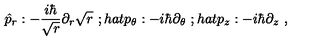
\hat { p } _ { r } : - \frac { i \hbar } { \sqrt { r } } \partial _ { r } \sqrt { r } \ ; h a t { p } _ { \theta } : - i \hbar \partial _ { \theta } \ ; h a t { p } _ { z } : - i \hbar \partial _ { z } \ ,